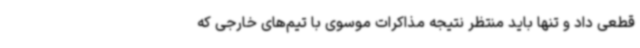
قطعی داد و تنها باید منتظر نتیجه مذاکرات موسوی با تیم‌های خارجی که